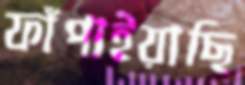
ফাঁপাইয়াছি